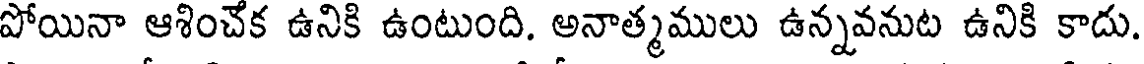
పోయినా ఆశించేక ఉనికి ఉంటుంది. అనాత్మములు ఉన్నవనుట ఉనికి కాదు.